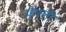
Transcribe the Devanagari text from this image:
मैगली